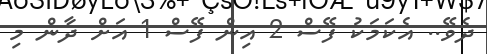
ދެވޭ.. އެކަމަކު ފޭސް 2 އިން ފޭސް 1 އަށް ދާން މި